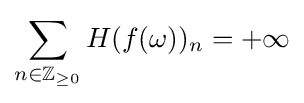
\sum _{n\in \mathbb {Z} _{\geq 0}}H(f(\omega ))_{n}=+\infty